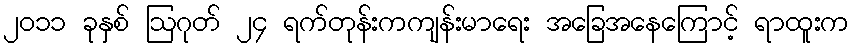
၂၀၁၁ ခုနှစ် ဩဂုတ် ၂၄ ရက်တုန်းကကျန်းမာရေး အခြေအနေကြောင့် ရာထူးက